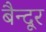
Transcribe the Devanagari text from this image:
बैन्दूर